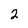
Character: 2